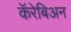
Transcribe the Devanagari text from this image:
कॅरेबिअन